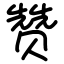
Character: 赞